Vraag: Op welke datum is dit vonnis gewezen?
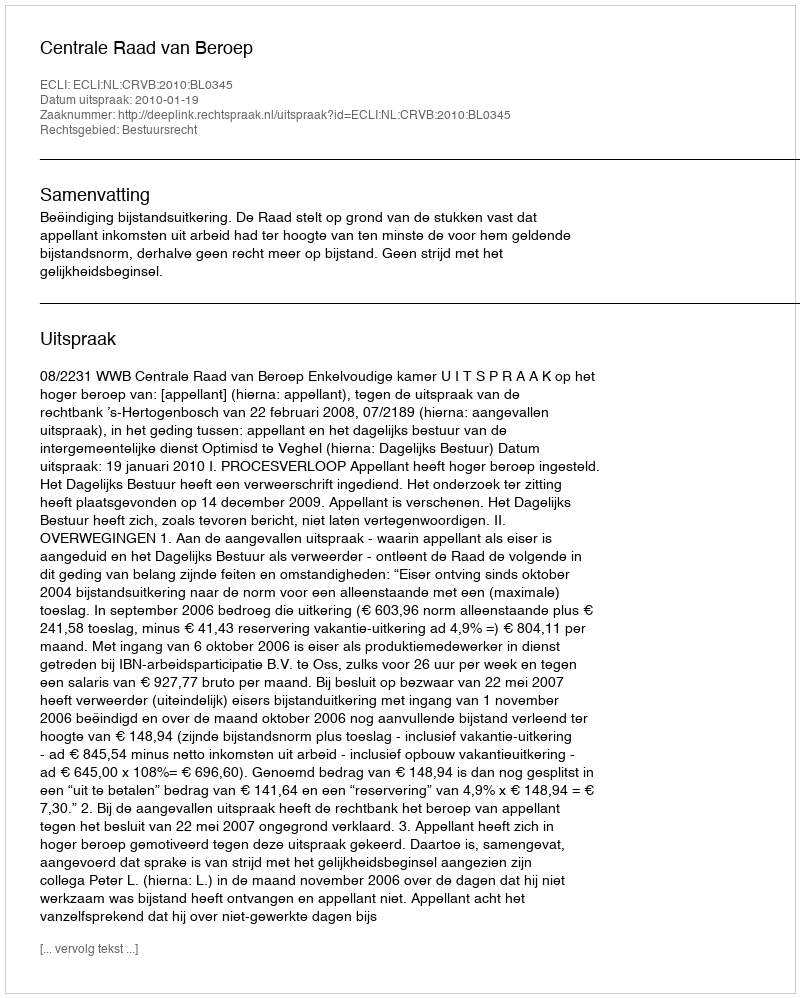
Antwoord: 2010-01-19